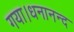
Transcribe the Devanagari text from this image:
गया।धनानन्द